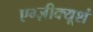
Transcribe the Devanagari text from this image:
एग्ज़ीक्यूशं